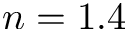
n = 1 . 4